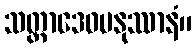
သတ္ထာဒေဝမနုဿာနံ။